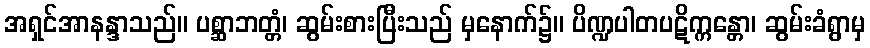
အရှင်အာနန္ဒာသည်။ ပစ္ဆာဘတ္တံ၊ ဆွမ်းစားပြီးသည် မှနောက်၌။ ပိဏ္ဍပါတပဋိက္ကန္တော၊ ဆွမ်းခံရွာမှ